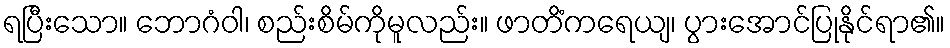
ရပြီးသော။ ဘောဂံဝါ၊ စည်းစိမ်ကိုမူလည်း။ ဖာတိံကရေယျ၊ ပွားအောင်ပြုနိုင်ရာ၏။